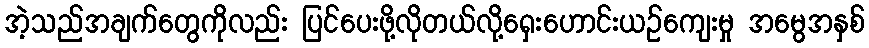
အဲ့သည်အချက်တွေကိုလည်း ပြင်ပေးဖို့လိုတယ်လို့ရှေးဟောင်းယဉ်ကျေးမှု အမွေအနှစ်